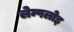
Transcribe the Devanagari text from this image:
लेम्पलोइ